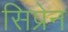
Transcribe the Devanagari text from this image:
सिप्रेन